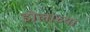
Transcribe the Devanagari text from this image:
डोलाच्या